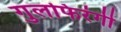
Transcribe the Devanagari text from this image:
गुलफिरंगी